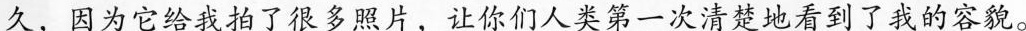
久，因为它给我拍了很多照片，让你们人类第一次清楚地看到了我的容貌。